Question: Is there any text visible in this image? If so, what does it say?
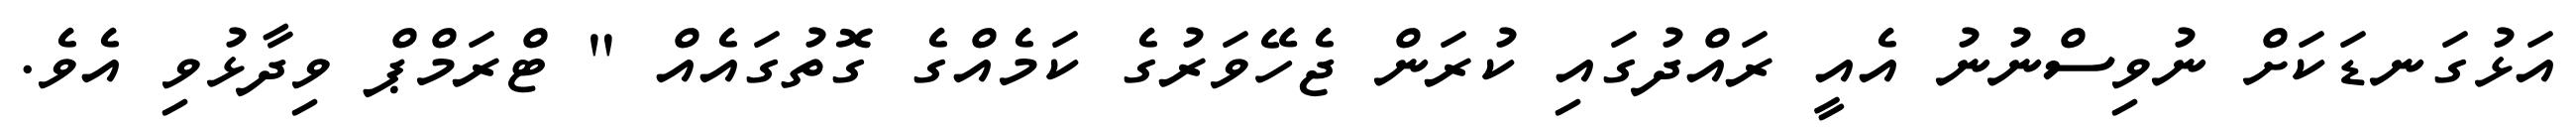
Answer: އަޅުގަނޑަކަށް ނުވިސްނުނު އެއީ ރައްދުގައި ކުރަން ޖެހޭވަރުގެ ކަމެއްގެ ގޮތުގައެއް " ޓްރަމްޕް ވިދާޅުވި އެވެ.